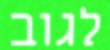
לגוב